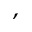
^ ,